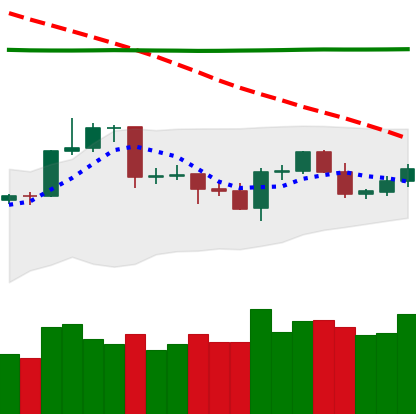
Ticker: LTC-USD
Chart end date: 2020-04-23
Forward return: 7.2%
Label: up_7plus